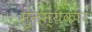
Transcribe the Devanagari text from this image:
सुनम्यकार